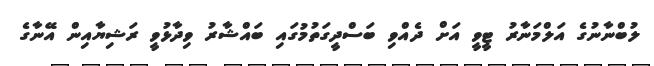
ލުބްނާނުގެ އަލްމަނާރު ޓީވީ އަށް ދެއްވި ބަސްދީގަތުމުގައި ބައްޝާރު ވިދާޅުވީ ރަޝިޔާއިން އޭނާގެ